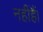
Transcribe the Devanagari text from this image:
नहींहैं।